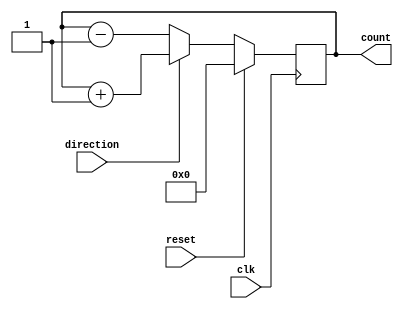
module johnson_counter(
  input clk,  //clock signal
  input reset, //reset signal
  input direction, //control signal for direction of counting
  output reg [3:0] count //output count signal
);

reg [3:0] next_count; //next count signal

always@(posedge clk) begin
  if(reset)
    count <= 4'b0000;
  else begin
    if(direction)
      next_count = count + 1;
    else
      next_count = count - 1;
    
    count <= next_count;
  end
end

endmodule